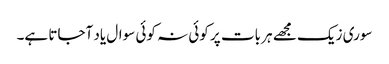
سوری زیک مجھے ہر بات پر کوئی نہ کوئی سوال یاد آجاتا ہے۔